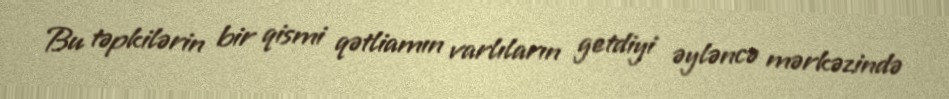
Bu təpkilərin bir qismi qətliamın varlıların getdiyi əyləncə mərkəzində